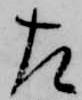
左